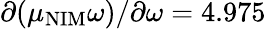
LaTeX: \partial(\mu_{\mathrm{NIM}}\omega)/\partial\omega=4.975